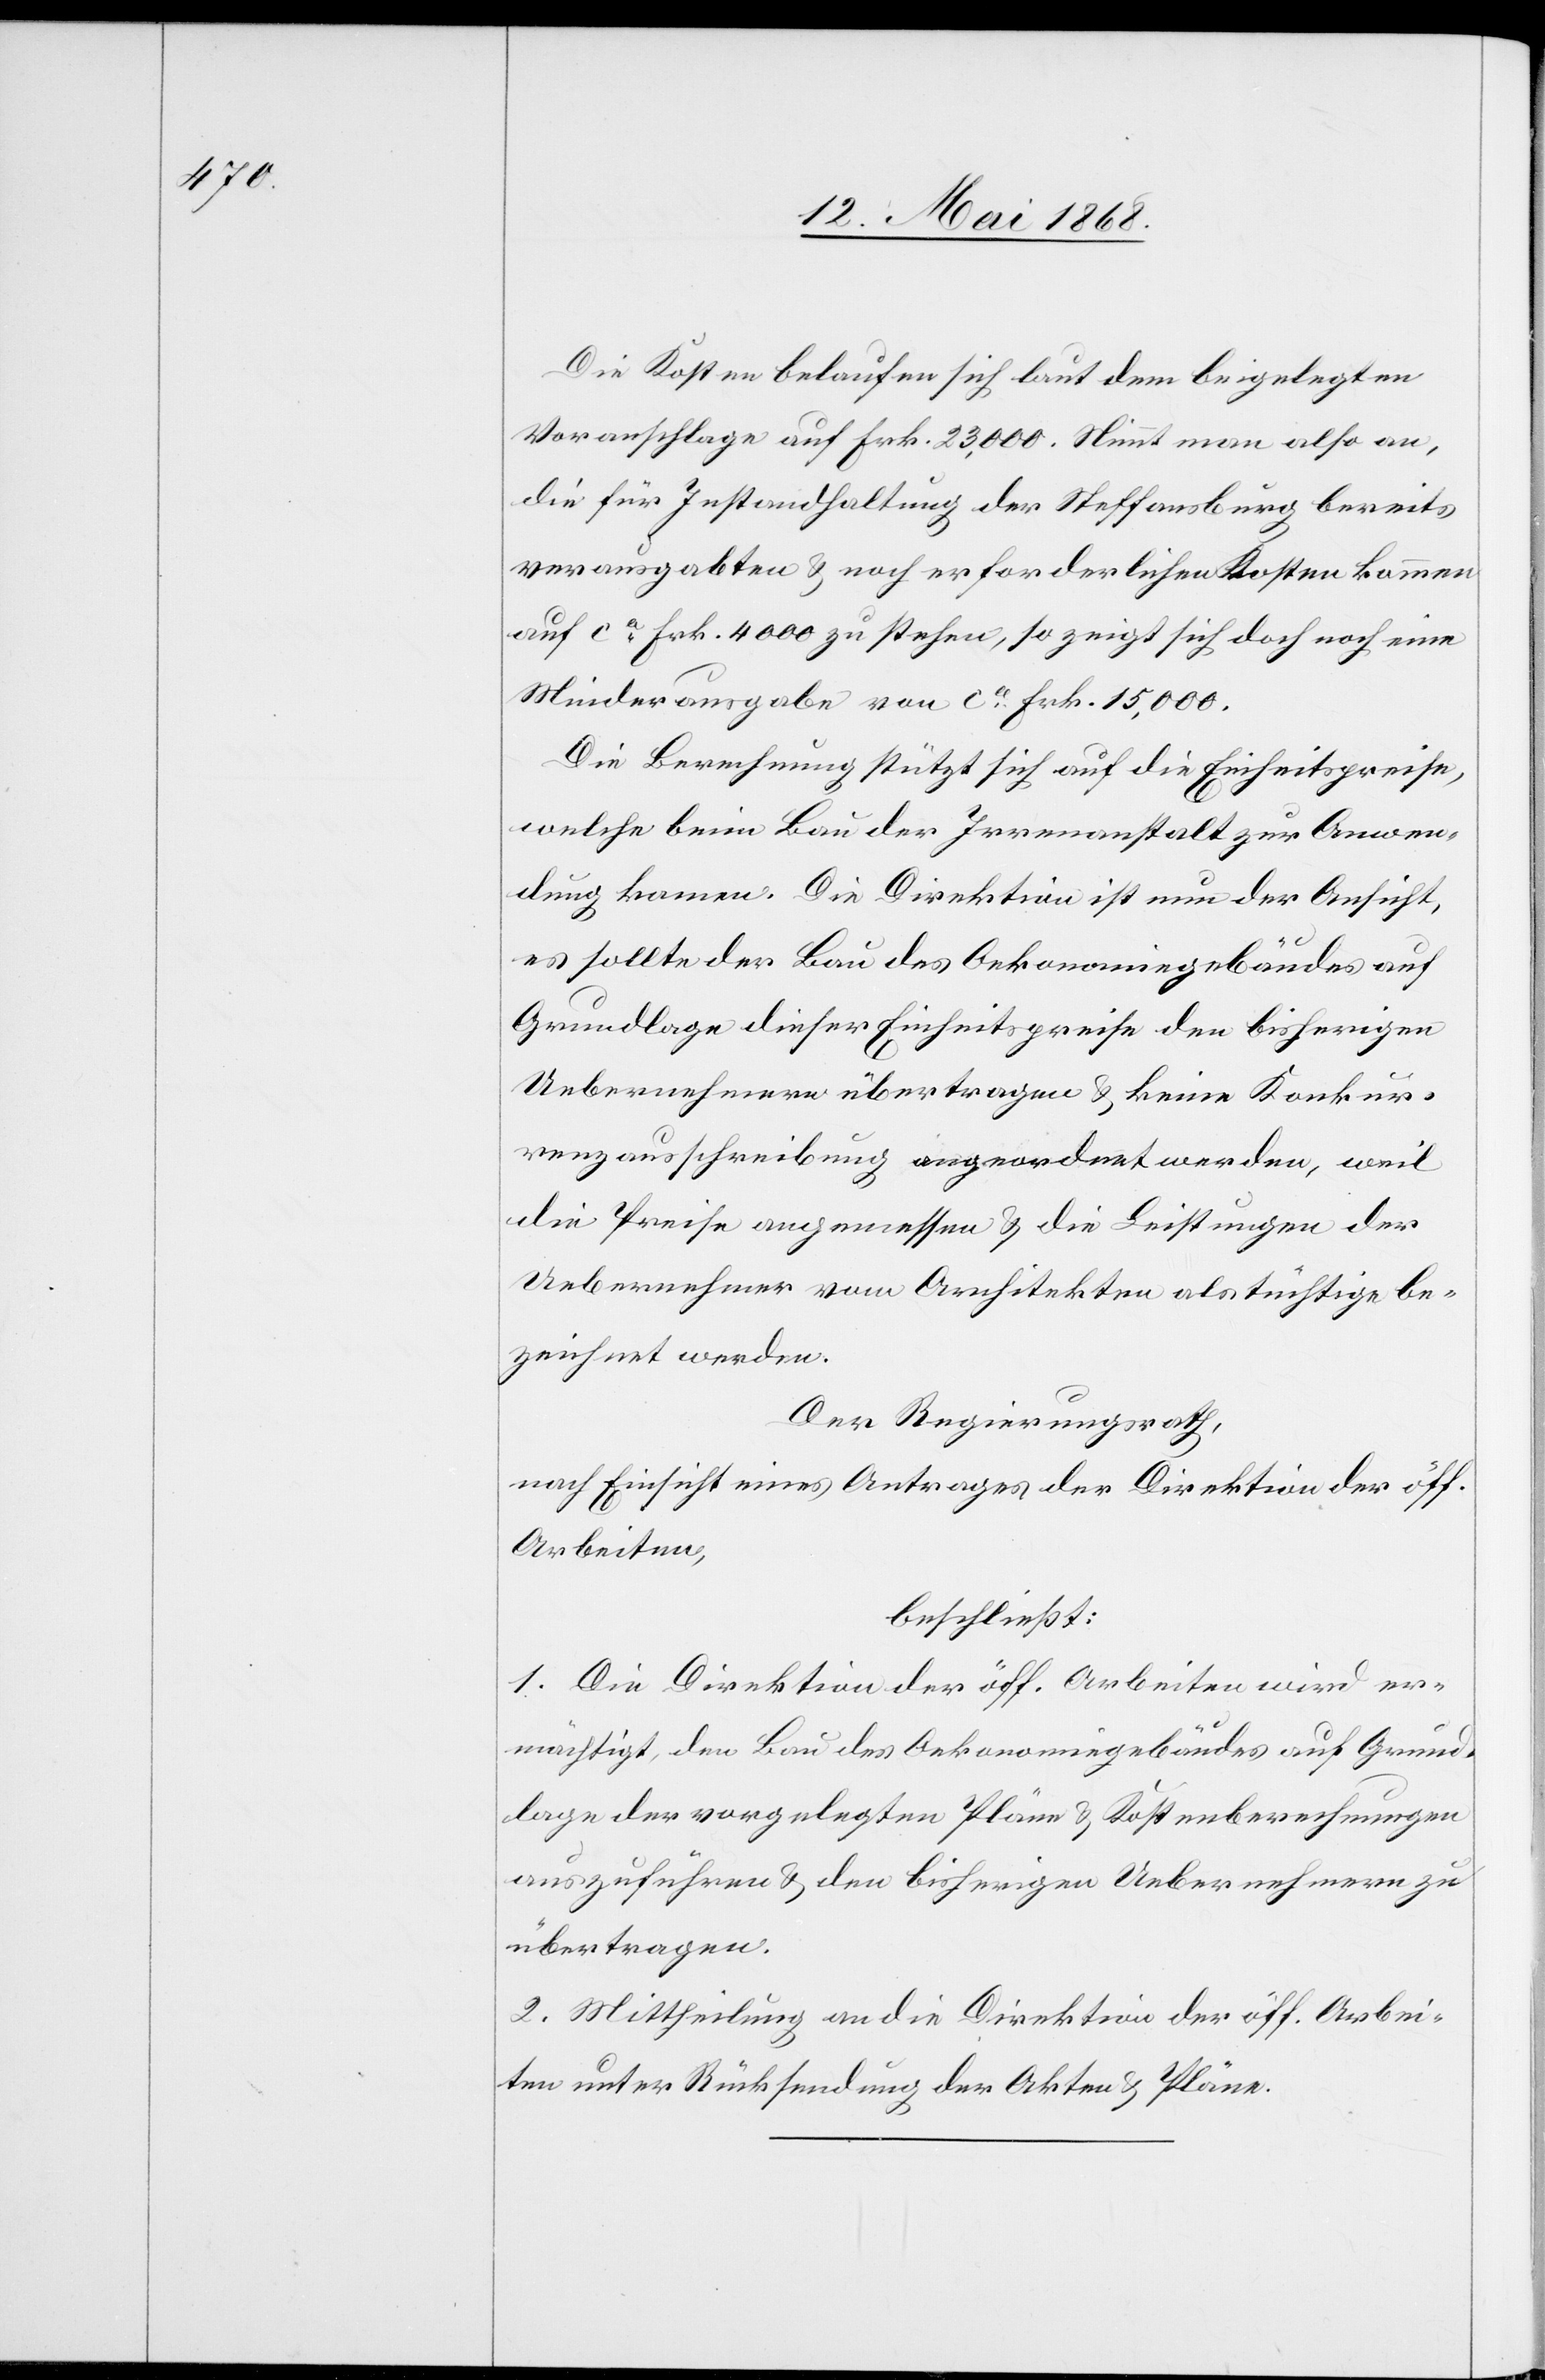
Die Kosten belaufen sich laut dem beigelegten
Voranschlage auf Frk. 23,000. Nimmt man also an,
die für Instandhaltung der Steffansburg bereits
verausgabten & noch erforderlichen Kosten kommen
auf ca. Frk. 4000 zu stehen, so zeigt sich doch noch eine
Minderausgabe von ca. Frk. 15,000.
Die Berechnung stützt sich auf die Einheitspreise,
welche beim Bau der Irrenanstalt zur Anwen¬
dung kamen. Die Direktion ist nun der Ansicht,
es sollte der Bau des Oekonomiegebäudes auf
Grundlage dieser Einheitspreise den bisherigen
Uebernehmern übertragen & keine Konkur¬
renzausschreibung angeordnet werden, weil
die Preise angemessen & die Leistungen der
Uebernehmer vom Architekten als tüchtige be¬
zeichnet werden.
Der Regierungsrath,
nach Einsicht eines Antrages der Direktion der öff.
Arbeiten,
beschließt:
1. Die Direktion der öff. Arbeiten wird er¬
mächtigt, den Bau des Oekonomiegebäudes auf Grund¬
lage der vorgelegten Pläne & Kostenberechnungen
auszuführen & den bisherigen Uebernehmern zu
übertragen.
2. Mittheilung an die Direktion der öff. Arbei¬
ten unter Rücksendung der Akten & Pläne.